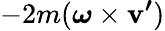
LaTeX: -2m({\boldsymbol{\omega}}\times{\boldsymbol{\mathbf{v}^{\prime}}})